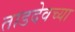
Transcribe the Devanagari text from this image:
ताडदेवच्या